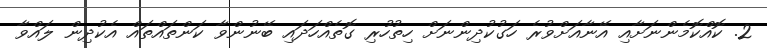
2. ކޮއްކޮމެންނަށާއި އޭނާއަށްވުރެ ހަގުކުދިންނަށް ހިތުހުރި ގޮތެއްހަދައި ބޭނުންވާ ކަންތައްތައް އެކުދިން ލައްވާ